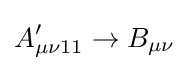
A_{\mu \nu 11}'\rightarrow B_{\mu \nu }